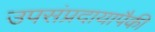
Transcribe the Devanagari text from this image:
उपसंप्रदायापैकी